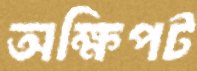
অক্ষিপট